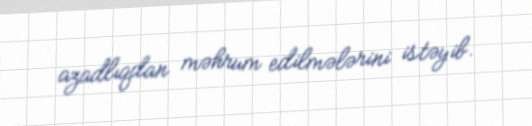
azadlıqdan məhrum edilmələrini istəyib.